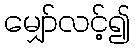
မျှော်လင့်၍